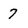
Character: 7